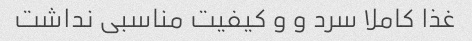
غذا کاملا سرد و و کیفیت مناسبی نداشت